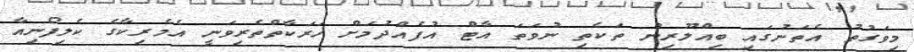
މިވަގުތު އެތަނުގައި ބިއްލޫރިން ތަކެތި ނުވަތަ އާޓް އުފެއްދުމަށް ހަރަކާތްތެރިވަނީ އެމެރިކާގެ ކެލިފޯނިއާ